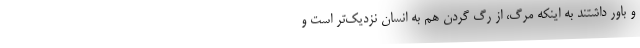
و باور داشتند به اينكه مرگ، از رگ گردن هم به انسان نزديك‌تر است و